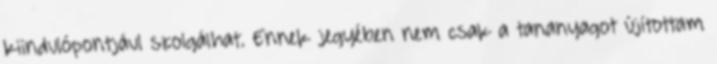
kiindulópontjául szolgálhat. Ennek jegyében nem csak a tananyagot újítottam